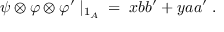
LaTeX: \psi \otimes \varphi \otimes \varphi ^ { \prime } \; | _ { 1 _ { A } } \; = \; x b b ^ { \prime } + y a a ^ { \prime } \; .